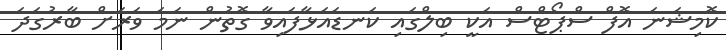
ކޮމިޝަނަ އޮފް ސްޕޯޓްސް އަކީ ބިލްގައި ކަނޑައަޅާފައިވާ ގޮތުން ނަމަ ވަރަށް ބާރުގަދަ